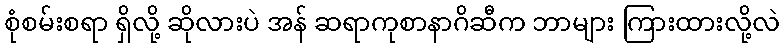
စုံစမ်းစရာ ရှိလို့ ဆိုလားပဲ အန် ဆရာကုစာနာဂိဆီက ဘာများ ကြားထားလို့လဲ